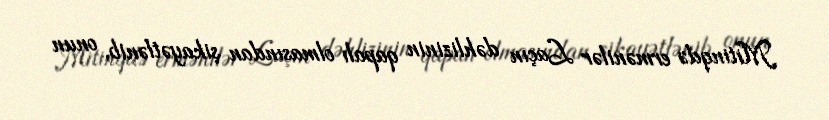
Mitinqdə ermənilər Laçın dəhlizinin qapalı olmasından şikayətlənib, onun